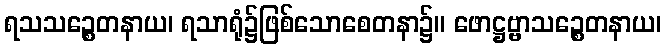
ရသသဉ္စေတနာယ၊ ရသာရုံ၌ဖြစ်သောစေတနာ၌။ ဖောဋ္ဌဗ္ဗာသဉ္စေတနာယ၊